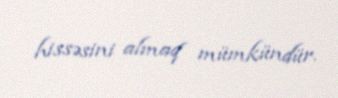
hissəsini almaq mümkündür.